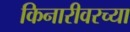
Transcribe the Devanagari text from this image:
किनारीवरच्या